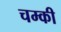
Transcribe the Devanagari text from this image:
चम्की